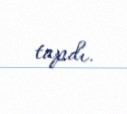
tapdı.